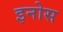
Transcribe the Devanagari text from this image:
इनोस